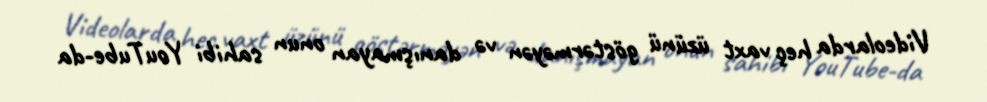
Videolarda heç vaxt üzünü göstərməyən və danışmayan onun sahibi YouTube-da